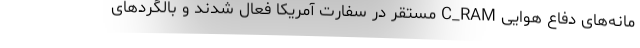
مانه‌های دفاع هوایی C_RAM مستقر در سفارت آمریکا فعال شدند و بالگردهای